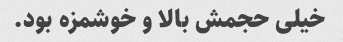
خیلی حجمش بالا و خوشمزه بود.